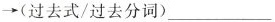
\rightarrow(过去式/过去分词)___